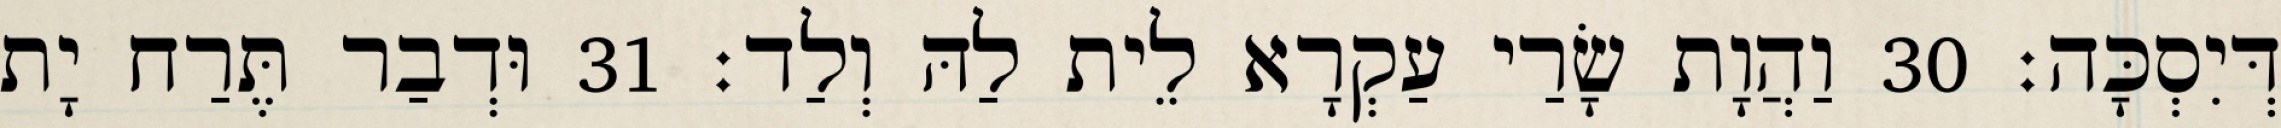
דְּיִסְכָּה׃ 30 וַהֲוָת שָׂרַי עַקְרָא לֵית לַהּ וְלַד׃ 31 וּדְבַר תֶּרַח יָת